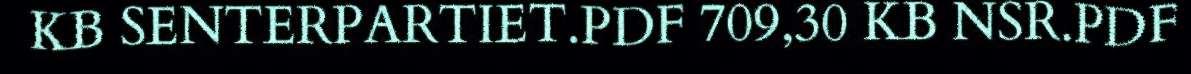
KB SENTERPARTIET.PDF 709,30 KB NSR.PDF